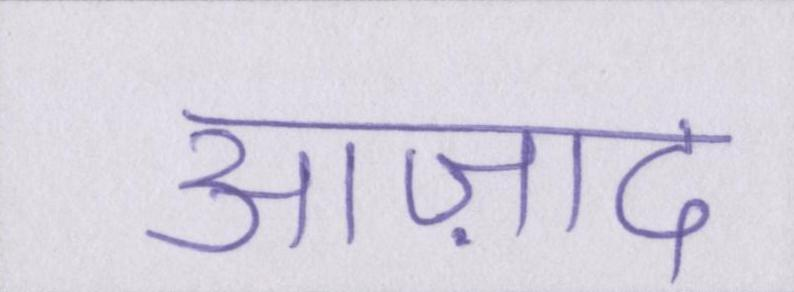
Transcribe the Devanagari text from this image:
आज़ाद